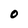
Character: O